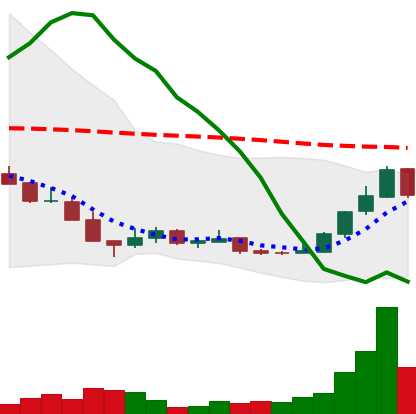
Ticker: LINK-USD
Chart end date: 2018-12-21
Forward return: 3.049%
Label: up_3_5